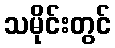
သမိုင်းတွင်